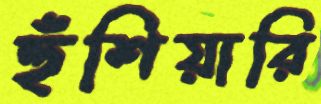
হুঁশিয়ারি